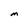
Character: m